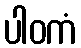
ပါဝကံ